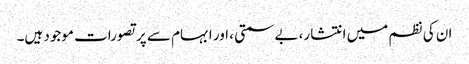
ان کی نظم میں انتشار، بے سمتی ، اور ابہام سے پر تصورات موجود ہیں۔